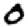
Digit: 0